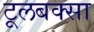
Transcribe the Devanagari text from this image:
टूलबक्सा